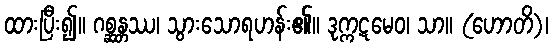
ထားပြီး၍။ ဂစ္ဆန္တဿ၊ သွားသောရဟန်း၏။ ဒုက္ကဋမေဝ၊ သာ။ (ဟောတိ)၊